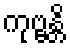
ကုဗ္ဗန္တိ